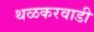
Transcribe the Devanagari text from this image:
थळकरवाडी